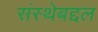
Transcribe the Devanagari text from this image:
संस्थेबद्दल